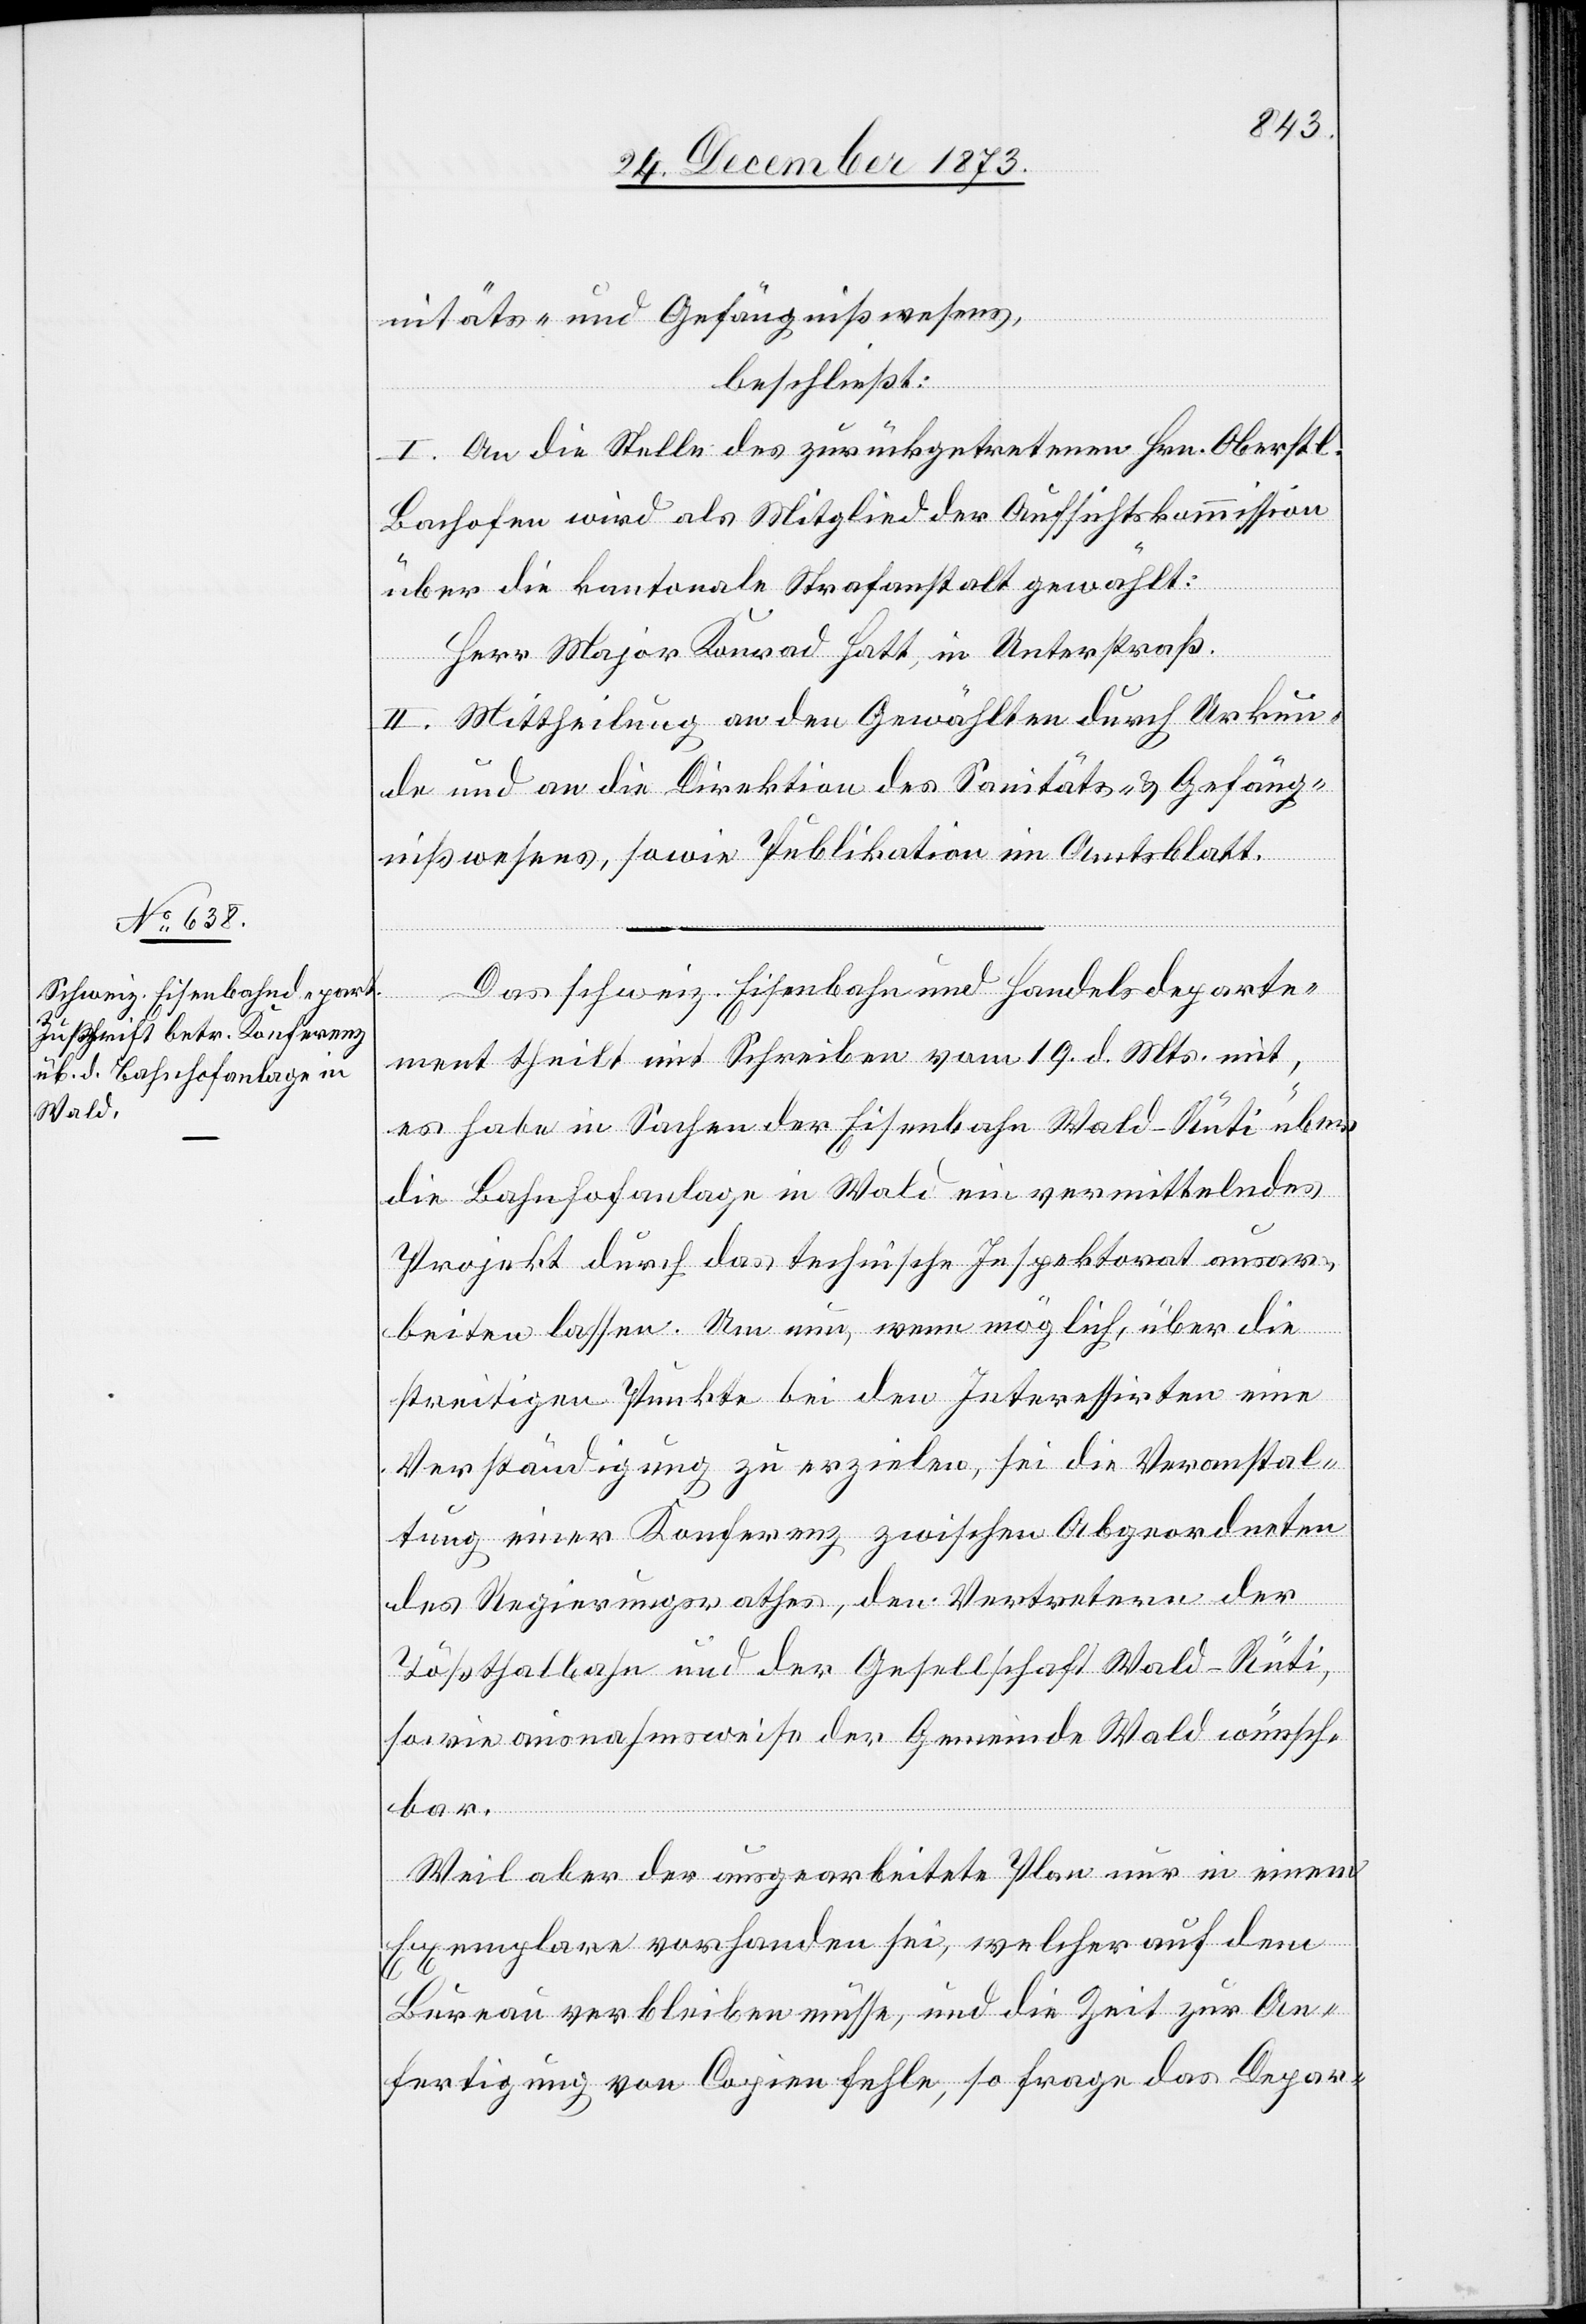
nitäts- und Gefängnißwesens,
beschließt:
I. An die Stelle des zurückgetretenen Hrn. Oberstl.
Bachofen wird als Mitglied der Aufsichtskommission
über die kantonale Strafanstalt gewählt:
Herr Major Konrad Hatt, in Unterstraß.
II. Mittheilung an den Gewählten durch Urkun¬
de und an die Direktion des Sanitäts- & Gefäng¬
nißwesens, sowie Publikation im Amtsblatt.
Das schweiz. Eisenbahn[-] und Handelsdeparte¬
ment theilt mit Schreiben vom 19. d. Mts. mit,
es habe in Sachen der Eisenbahn Wald–Rüti über
die Bahnhofanlage in Wald ein vermittelndes
Projekt durch das technische Inspektorat ausar¬
beiten lassen. Um nun, wenn möglich, über die
streitigen Punkte bei den Interessirten eine
Verständigung zu erzielen, sei die Veranstal¬
tung einer Konferenz zwischen Abgeordneten
des Regierungsrathes, den Vertretern der
Tößthalbahn und der Gesellschaft Wald–Rüti,
sowie ausnahmsweise der Gemeinde Wald wünsch¬
bar.
Weil aber der ausgearbeitete Plan nur in einem
Exemplare vorhanden sei, welcher auf dem
Bureau verbleiben müsse, und die Zeit zur An¬
fertigung von Copien fehle, so frage das Depar-